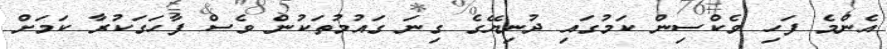
އެންމެ ފަހި ވެކްސިން ކަމުގައި ދުނިޔޭގެ ގިނަ ގައުމުތަކުން ވެސް ފާހަގަކުރާ ކަމަށް